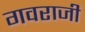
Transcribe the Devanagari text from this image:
गवराजी